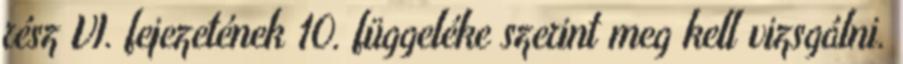
rész VI. fejezetének 10. függeléke szerint meg kell vizsgálni.